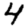
Digit: 4